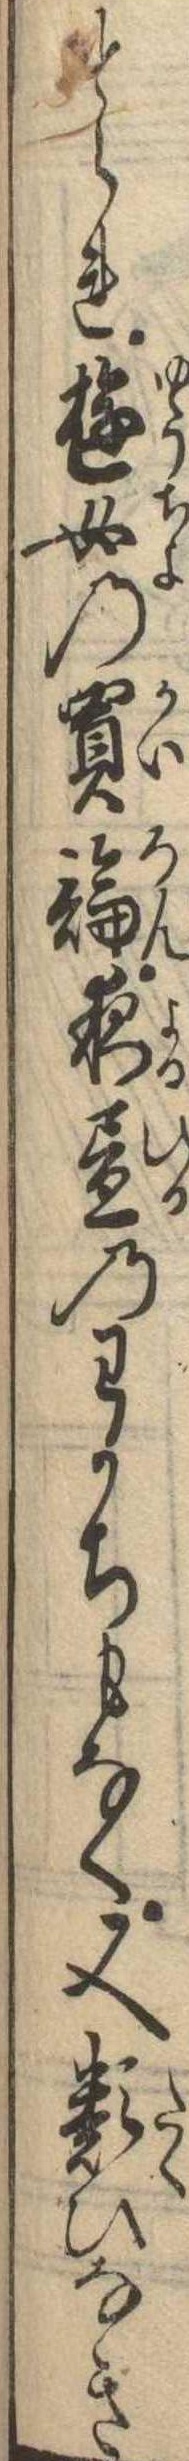
とられ遊女の買論夜昼のわかちもなく又類ひなき